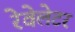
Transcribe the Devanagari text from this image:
रेवेलेटर